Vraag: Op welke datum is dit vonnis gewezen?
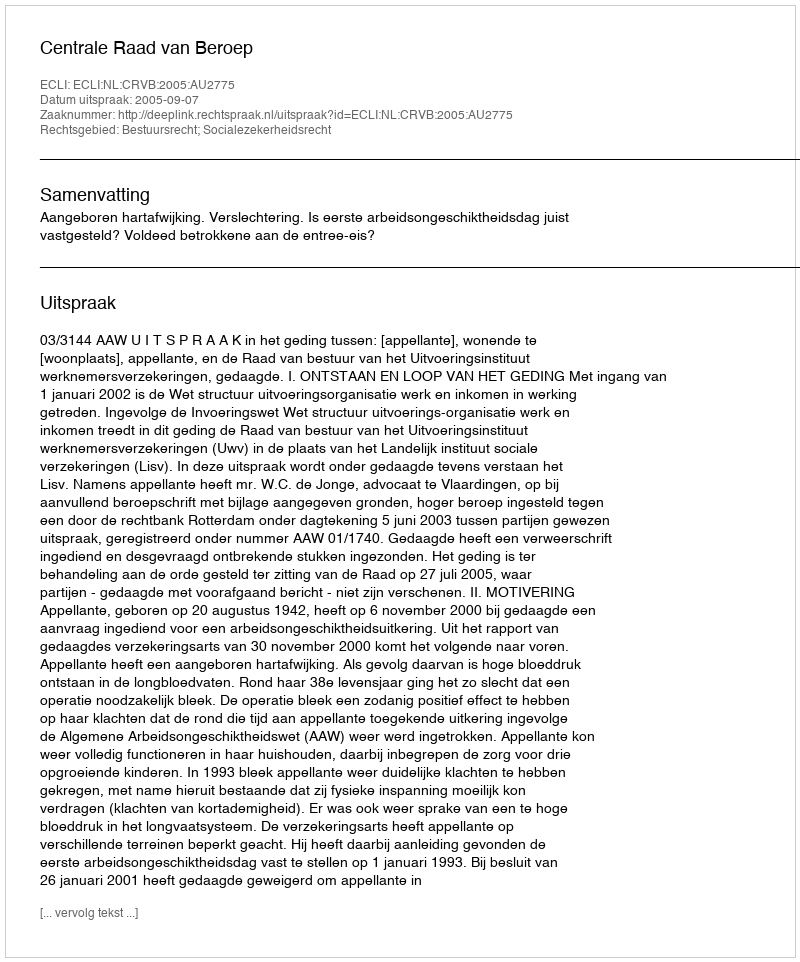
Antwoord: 2005-09-07